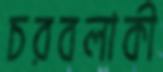
চরবলাকী